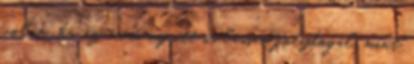
volna, ha az esemény itt is lassan folydogál, mint